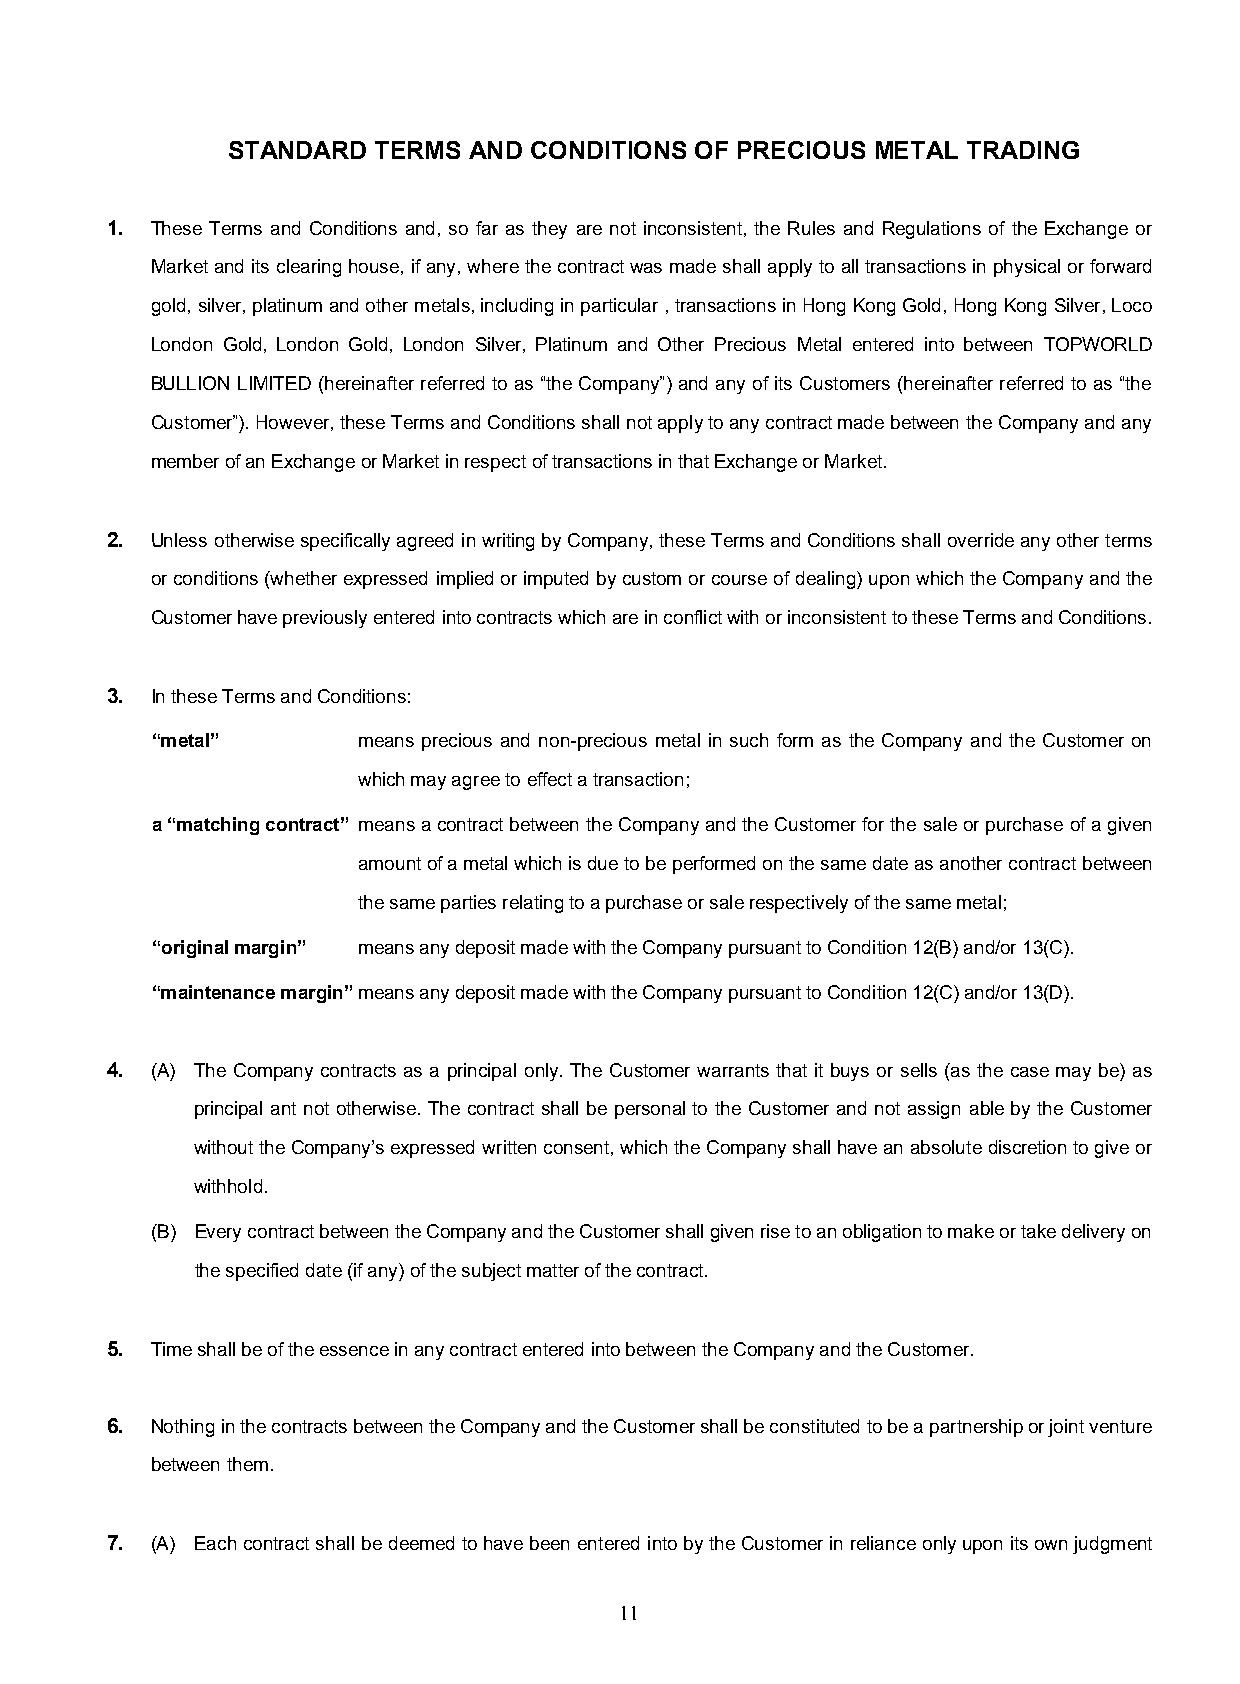
STANDARD  TERMS AND CONDITIONS OF PRECIOUS METAL TRADING
 1. These Terms and Conditions and, so far as they are not inconsistent, the Rules and Regulations of the Exchange or
 Market and its clearing house, if any, where the contract was made shall apply to all transactions in physical or forward
 gold, silver, platinum and other metals, including in particular , transactions in Hong Kong Gold, Hong Kong Silver, Loco
 London Gold, London Gold, London Silver, Platinum and Other Precious Metal entered into between TOPWORLD
 BULLION LIMITED (hereinafter referred to as “the Company”) and any of its Customers (hereinafter referred to as “the
 Customer”). However, these Terms and Conditions shall not apply to any contract made between the Company and any
 member of an Exchange or Market in respect of transactions in that Exchange or Market.
 2. Unless otherwise specifically agreed in writing by Company, these Terms and Conditions shall override any other terms
 or conditions (whether expressed implied or imputed by custom or course of dealing) upon which the Company and the
 Customer have previously entered into contracts which are in conflict with or inconsistent to these Terms and Conditions.
 3. In these Terms and Conditions:
 “metal”       means precious and non-precious metal in such form as the Company and the Customer on
 which may agree to effect a transaction;
 a “matching contract” means a contract between the Company and the Customer for the sale or purchase of a given
 amount of a metal which is due to be performed on the same date as another contract between
 the same parties relating to a purchase or sale respectively of the same metal;
 “original margin” means any deposit made with the Company pursuant to Condition 12(B) and/or 13(C).
 “maintenance margin” means any deposit made with the Company pursuant to Condition 12(C) and/or 13(D).
 4. (A) The Company contracts as a principal only. The Customer warrants that it buys or sells (as the case may be) as
 principal ant not otherwise. The contract shall be personal to the Customer and not assign able by the Customer
 without the Company’s expressed written consent, which the Company shall have an absolute discretion to give or
 withhold.
 (B) Every contract between the Company and the Customer shall given rise to an obligation to make or take delivery on
 the specified date (if any) of the subject matter of the contract.
 5. Time shall be of the essence in any contract entered into between the Company and the Customer.
 6. Nothing in the contracts between the Company and the Customer shall be constituted to be a partnership or joint venture
 between them.
 7. (A) Each contract shall be deemed to have been entered into by the Customer in reliance only upon its own judgment
 11